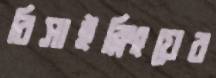
রিসাইক্লিংয়ের